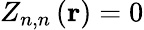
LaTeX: Z_{n,n}\left(\mathbf{r}\right)=0